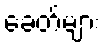
ခေတ်များ